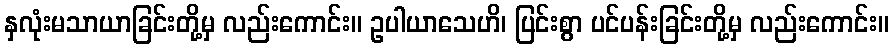
နှလုံးမသာယာခြင်းတို့မှ လည်းကောင်း။ ဥပါယာသေဟိ၊ ပြင်းစွာ ပင်ပန်းခြင်းတို့မှ လည်းကောင်း။